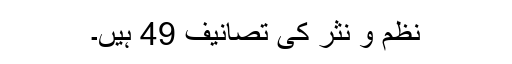
نظم و نثر کی تصانیف 49 ہیں۔